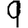
Digit: 9